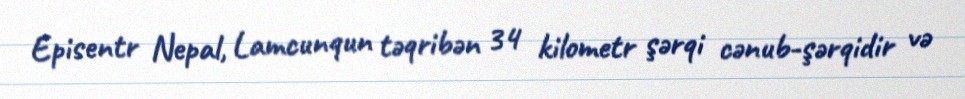
Episentr Nepal, Lamcunqun təqribən 34 kilometr şərqi cənub-şərqidir və